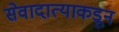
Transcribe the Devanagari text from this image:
सेवादात्याकडून